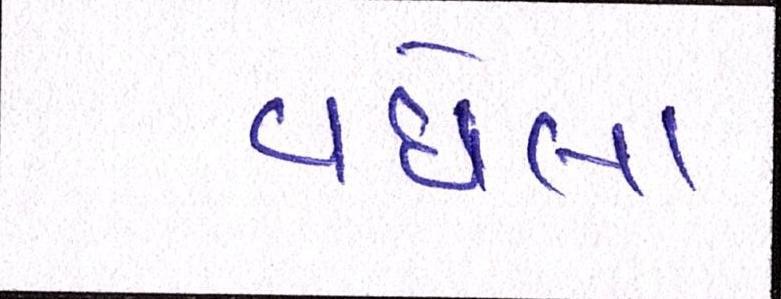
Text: વધેલા